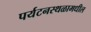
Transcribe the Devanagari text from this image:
पर्यटनस्थळामधील